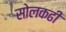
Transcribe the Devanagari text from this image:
सोलकढी